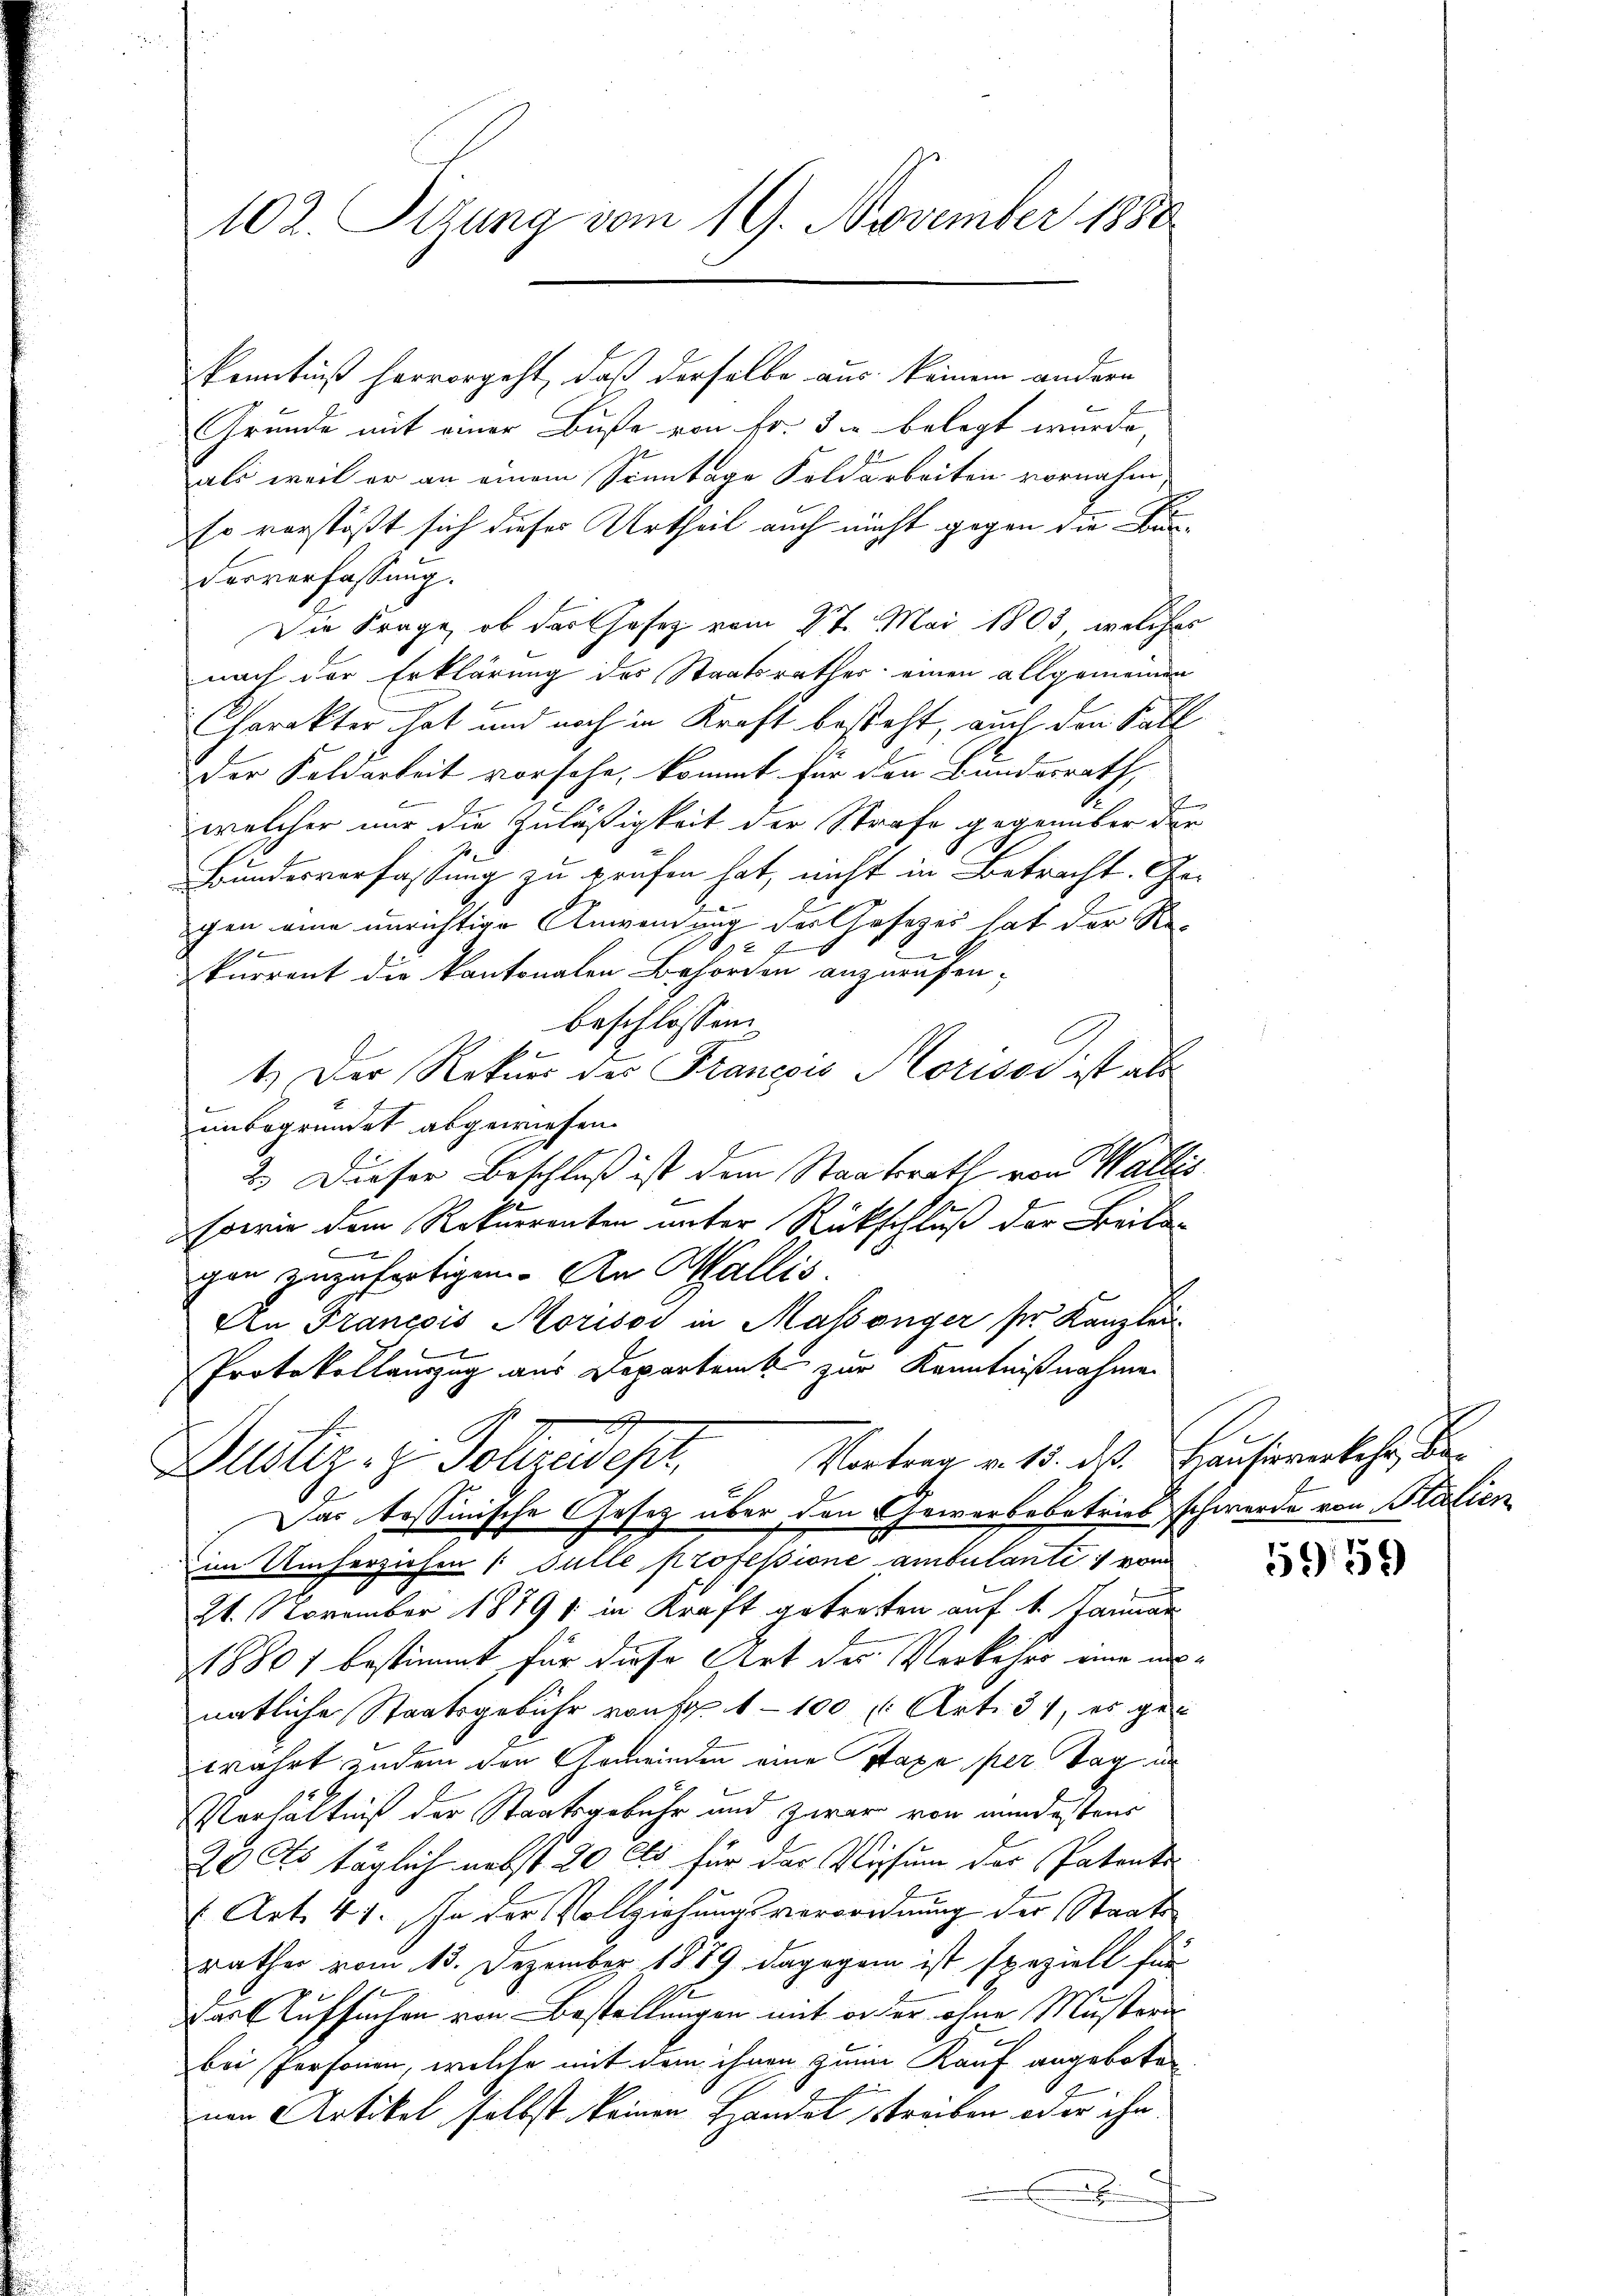
102. Sizung vom 19. November 1880

Grunde mit einer Buße von Fr. 3. belegt wurde,
als weil er an einem Sonntage Foldarbeiten vornahm,
Es verstößt sich dieser Urtheil auch nicht gegen die Bun¬
Vorverfassung.
Die Frage, ob das Gesetz vom 27. Mai 1803, welches
nach der Erklärung des Staatsrathes einen allgemeinen
Charakter hat und noch in Kraft besteht, auch den Fall
Der Feldarbeit vorsehe, kommt für den Bundesrath,
.
welcher nur die Zuläßigkeit der Strafe gegenüber der
Bundesverfassung zu prüfen hat, nicht in Betracht. Gr
gen eine unrichtige Anwendung des Gesezes hat der Re-
72 f
1
n
kurrent die kantonalen Behörden anzurufen;
beschlossen:
1.) Der Rekurs des Francois Morises ist als
unbegründet abgewiesen.
2. Dieser Beschluß ist dem Staatsrath von Wallis
e
sowie dem Rekurrenten unter Rückschluß der Beila-
x
gen zuzufertigen. An Wallis
An Francois Morisos in Maßanger ser Kanzlei-
f
Protokollauszug aus Departemb. zur Kenntnißnahme
4
Vortrau v. 15. dß. Hausirverkehr, de
Justiz, Johzeweht,
Das tessinische Gesetz über den Gewerbebetrieb schwerde von Italien
im Umherziehen (: Fülle professione ambulante von
21. November 18791 in Kraft getreten auf 1. Januar
1880 f bestimmt für diese Art des Verkehrs eine un
natliche Staatsgebühr von Fr. 1 - 100 l. Art. 31, es gen
wahrt zudem den Gemeinden eine staxa per Tag in
Verhältniß der Staatsgebühr und Zarar von mindestens
20 Cts täglich nebst 20 Cts für das Visum der Patents-
Art. 441. In der Vollziehungsverordnung der Staats
rathes vom 13. Dezember 1889 dagegen ist speziell für
Der Aufsachen von Bestellungen mit oder ohne Mustern
bei Personen, welche mit dem ihnen zum Kauf angeboten
nen Artikel selbst keinen Handel streiben oder ihn
x

Kenntniß hervorgeht, daß derselbe aus keinem andern

5951)